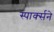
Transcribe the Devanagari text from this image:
स्पार्क्‍सने